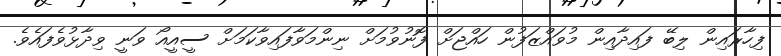
ފިހާރައިން ލިބޭ ފައިދާއިން މުވައްޒަފުން ހައްޖަށް ފޮނުވުމަށް ނިންމަވާފައިވާކަމަށް ސީއީއޯ ވަނީ ވިދާޅުވެފައެވެ.